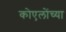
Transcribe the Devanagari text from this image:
कोएलोंच्या